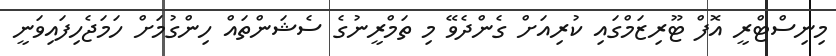
މިނިސްޓްރީ އޮފް ޓޫރިޒަމްގައި ކުރިއަށް ގެންދެވޭ މި ތަމްރީނުގެ ސެޝަންތައް ހިންގުމަށް ހަމަޖެހިފައިވަނީ